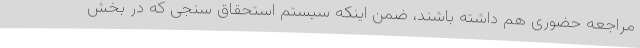
مراجعه حضوری هم داشته باشند، ضمن اینکه سیستم استحقاق سنجی که در بخش